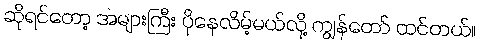
ဆိုရင်တော့ အများကြီး ပိုနေလိမ့်မယ်လို့ ကျွန်တော် ထင်တယ်။